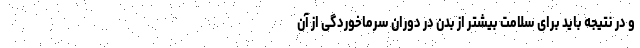
و در نتیجه باید برای سلامت بیشتر از بدن در دوران سرماخوردگی از آن